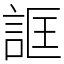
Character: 誆